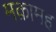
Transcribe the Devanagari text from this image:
मक़ामह